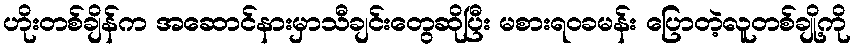
ဟိုးတစ်ချိန်က အဆောင်နားမှာသီချင်းတွေဆိုပြီး မစားရဝခမန်း ပြောတဲ့လူတစ်ချို့ကို